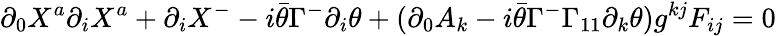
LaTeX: \partial_{0}X^{a}\partial_{i}X^{a}+\partial_{i}X^{-}-i\bar{\theta}\Gamma^{-}\partial_{i}\theta+(\partial_{0}A_{k}-i\bar{\theta}\Gamma^{-}\Gamma_{11}\partial_{k}\theta)g^{kj}F_{ij}=0